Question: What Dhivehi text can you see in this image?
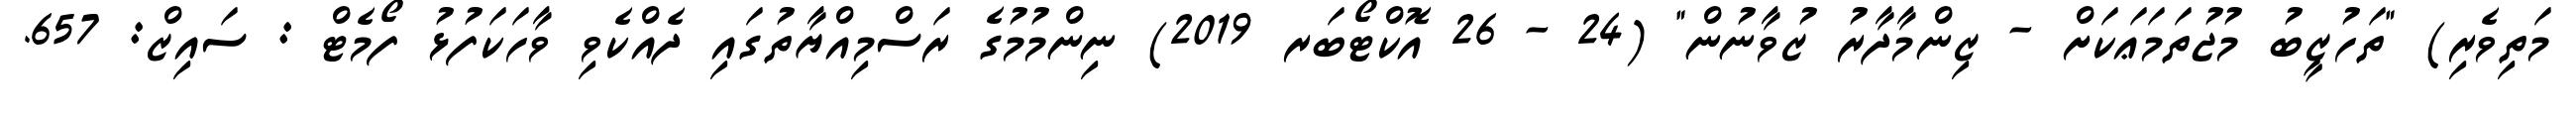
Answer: މަތިވެރި) "ތަހުޒީބު މުޖުތަމަޢަކަށް - ޒިންމާދާރު ޒުވާނުން" (24 - 26 އޮކްޓޯބަރ 2019) ނިންމުމުގެ ރަސްމިއްޔާތުގައި ދެއްކެވި ވާހަކަފުޅު ފޯމެޓް : ސައިޒް: 657.